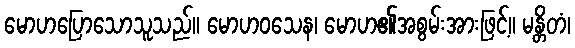
မောဟပြောသောသူသည်။ မောဟဝသေန၊ မောဟ၏အစွမ်းအားဖြင့်။ မန္တိတံ၊